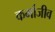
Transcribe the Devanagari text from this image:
कर्माजीव